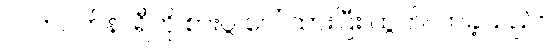
လက်ပတ်နာရီကို စားပွဲ ပေါ် ထားပြီး ထွက်လာခဲ့သည်။